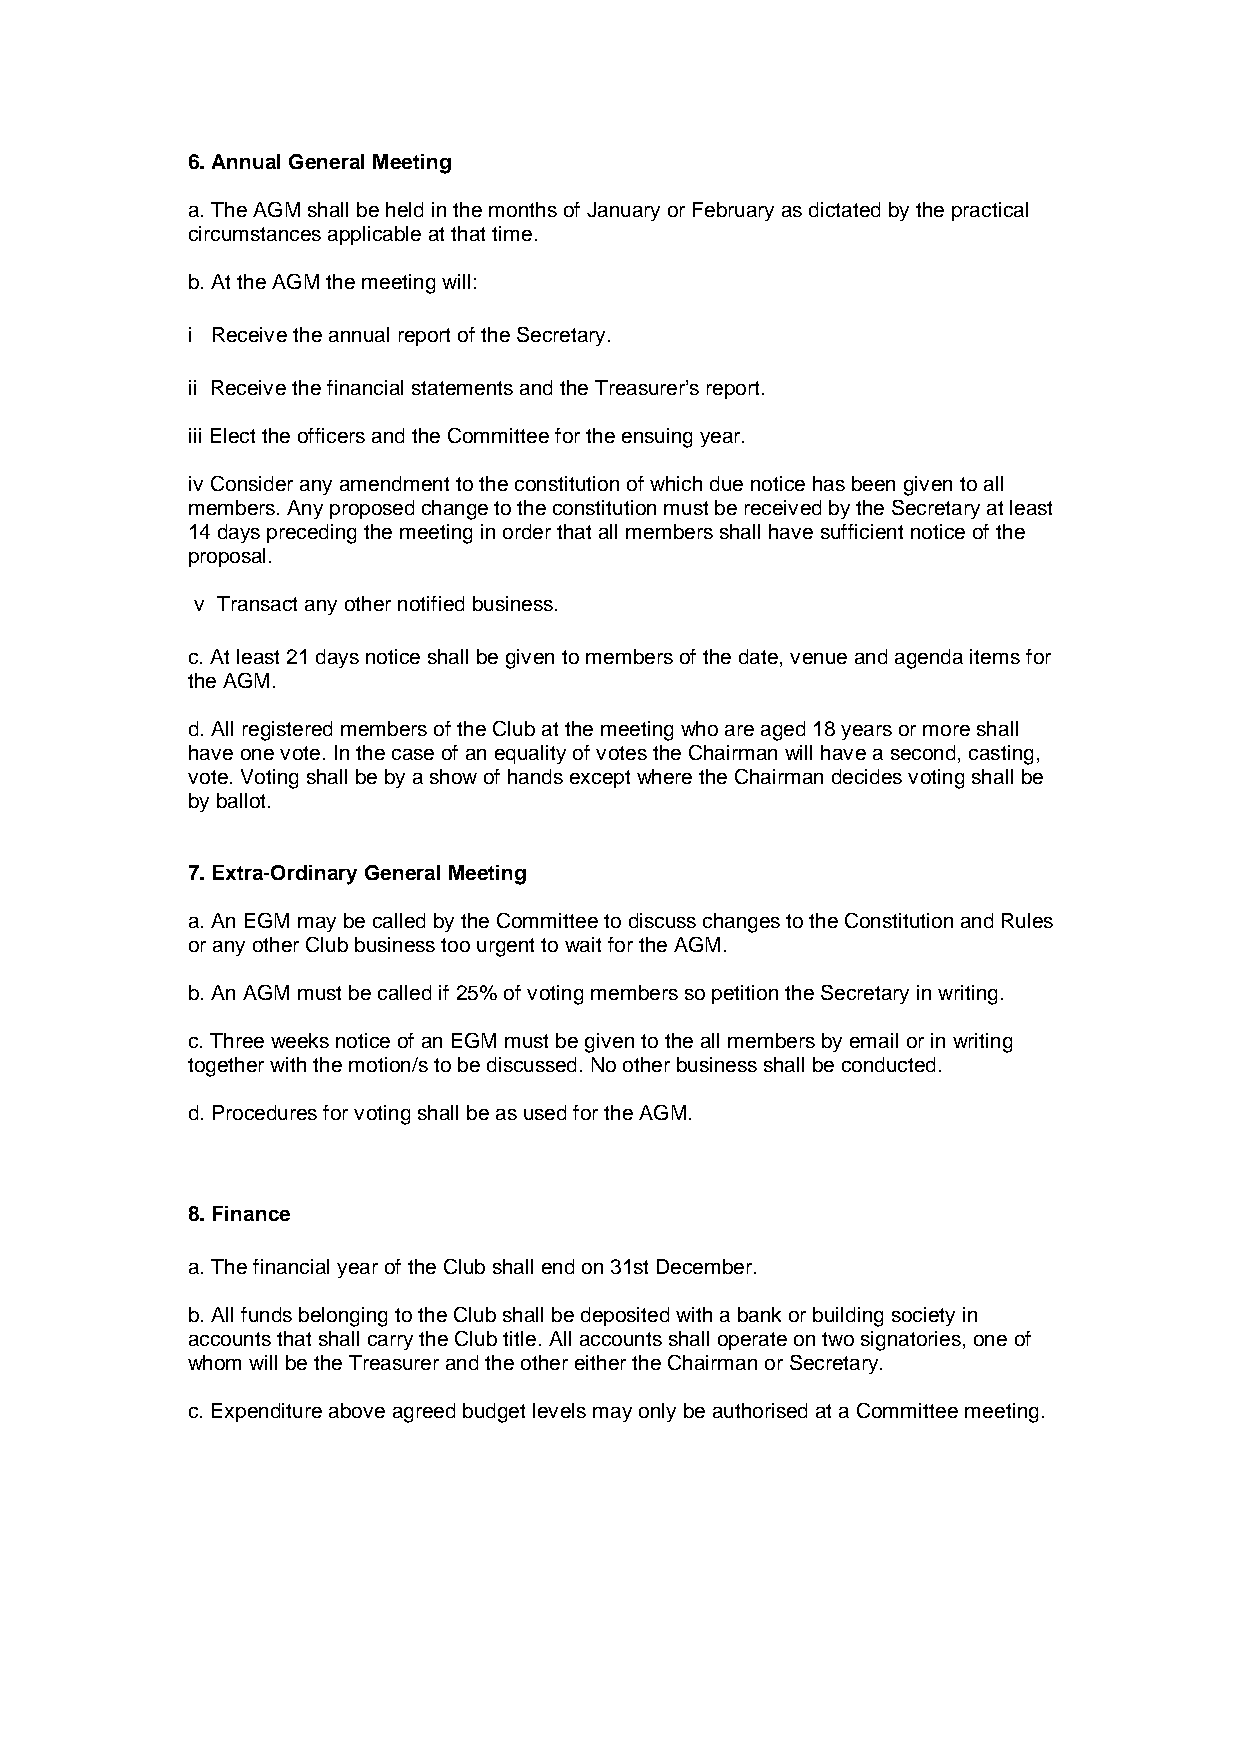
6. Annual General Meeting
 a. The AGM shall be held in the months of January or February as dictated by the practical
 circumstances applicable at that time.
 b. At the AGM the meeting will:
 i Receive the annual report of the Secretary.
 ii Receive the financial statements and the Treasurer’s report.
 iii Elect the officers and the Committee for the ensuing year.
 iv Consider any amendment to the constitution of which due notice has been given to all
 members. Any proposed change to the constitution must be received by the Secretary at least
 14 days preceding the meeting in order that all members shall have sufficient notice of the
 proposal.
 v Transact any other notified business.
 c. At least 21 days notice shall be given to members of the date, venue and agenda items for
 the AGM.
 d. All registered members of the Club at the meeting who are aged 18 years or more shall
 have one vote. In the case of an equality of votes the Chairman will have a second, casting,
 vote. Voting shall be by a show of hands except where the Chairman decides voting shall be
 by ballot.
 7. Extra-Ordinary General Meeting
 a. An EGM may be called by the Committee to discuss changes to the Constitution and Rules
 or any other Club business too urgent to wait for the AGM.
 b. An AGM must be called if 25% of voting members so petition the Secretary in writing.
 c. Three weeks notice of an EGM must be given to the all members by email or in writing
 together with the motion/s to be discussed. No other business shall be conducted.
 d. Procedures for voting shall be as used for the AGM.
 8. Finance
 a. The financial year of the Club shall end on 31st December.
 b. All funds belonging to the Club shall be deposited with a bank or building society in
 accounts that shall carry the Club title. All accounts shall operate on two signatories, one of
 whom will be the Treasurer and the other either the Chairman or Secretary.
 c. Expenditure above agreed budget levels may only be authorised at a Committee meeting.